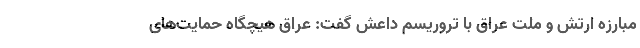
مبارزه ارتش و ملت عراق با تروریسم داعش گفت: عراق هیچگاه حمایت‌های